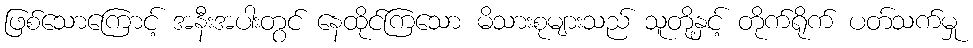
ဖြစ်သောကြောင့် အနီးအပါးတွင် နေထိုင်ကြသော မိသားစုများသည် သူတို့နှင့် တိုက်ရိုက် ပတ်သက်မှု